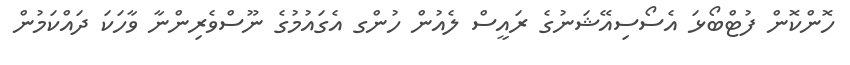
ހޮންކޮން ފުޓްބޯޅަ އެސޯސިއޭޝަނުގެ ރައީސް ލެއުން ހުންގ އެގައުމުގެ ނޫސްވެރިންނާ ވާހަކަ ދައްކަމުން